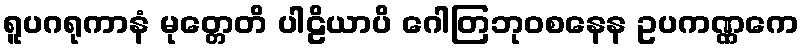
ရူပဂရုကာနံ မုတ္တေတိ ပါဠိယာပိ ဂေါတြဘုဝစနေန ဥပကဏ္ဏကေ